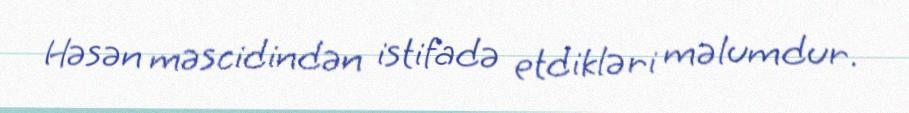
Həsən məscidindən istifadə etdikləri məlumdur.